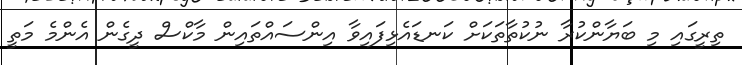
ތިރީގައި މި ބަޔާންކުރާ ނުކުތާތަކަށް ކަނޑައެޅިފައިވާ އިންސައްތައިން މާކްސް ދީގެން އެންމެ މަތީ